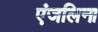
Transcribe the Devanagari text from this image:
एंजलिना